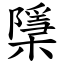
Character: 檃